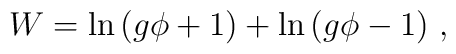
W = \ln\,(g \phi+1) + \ln\,(g \phi-1)\ ,